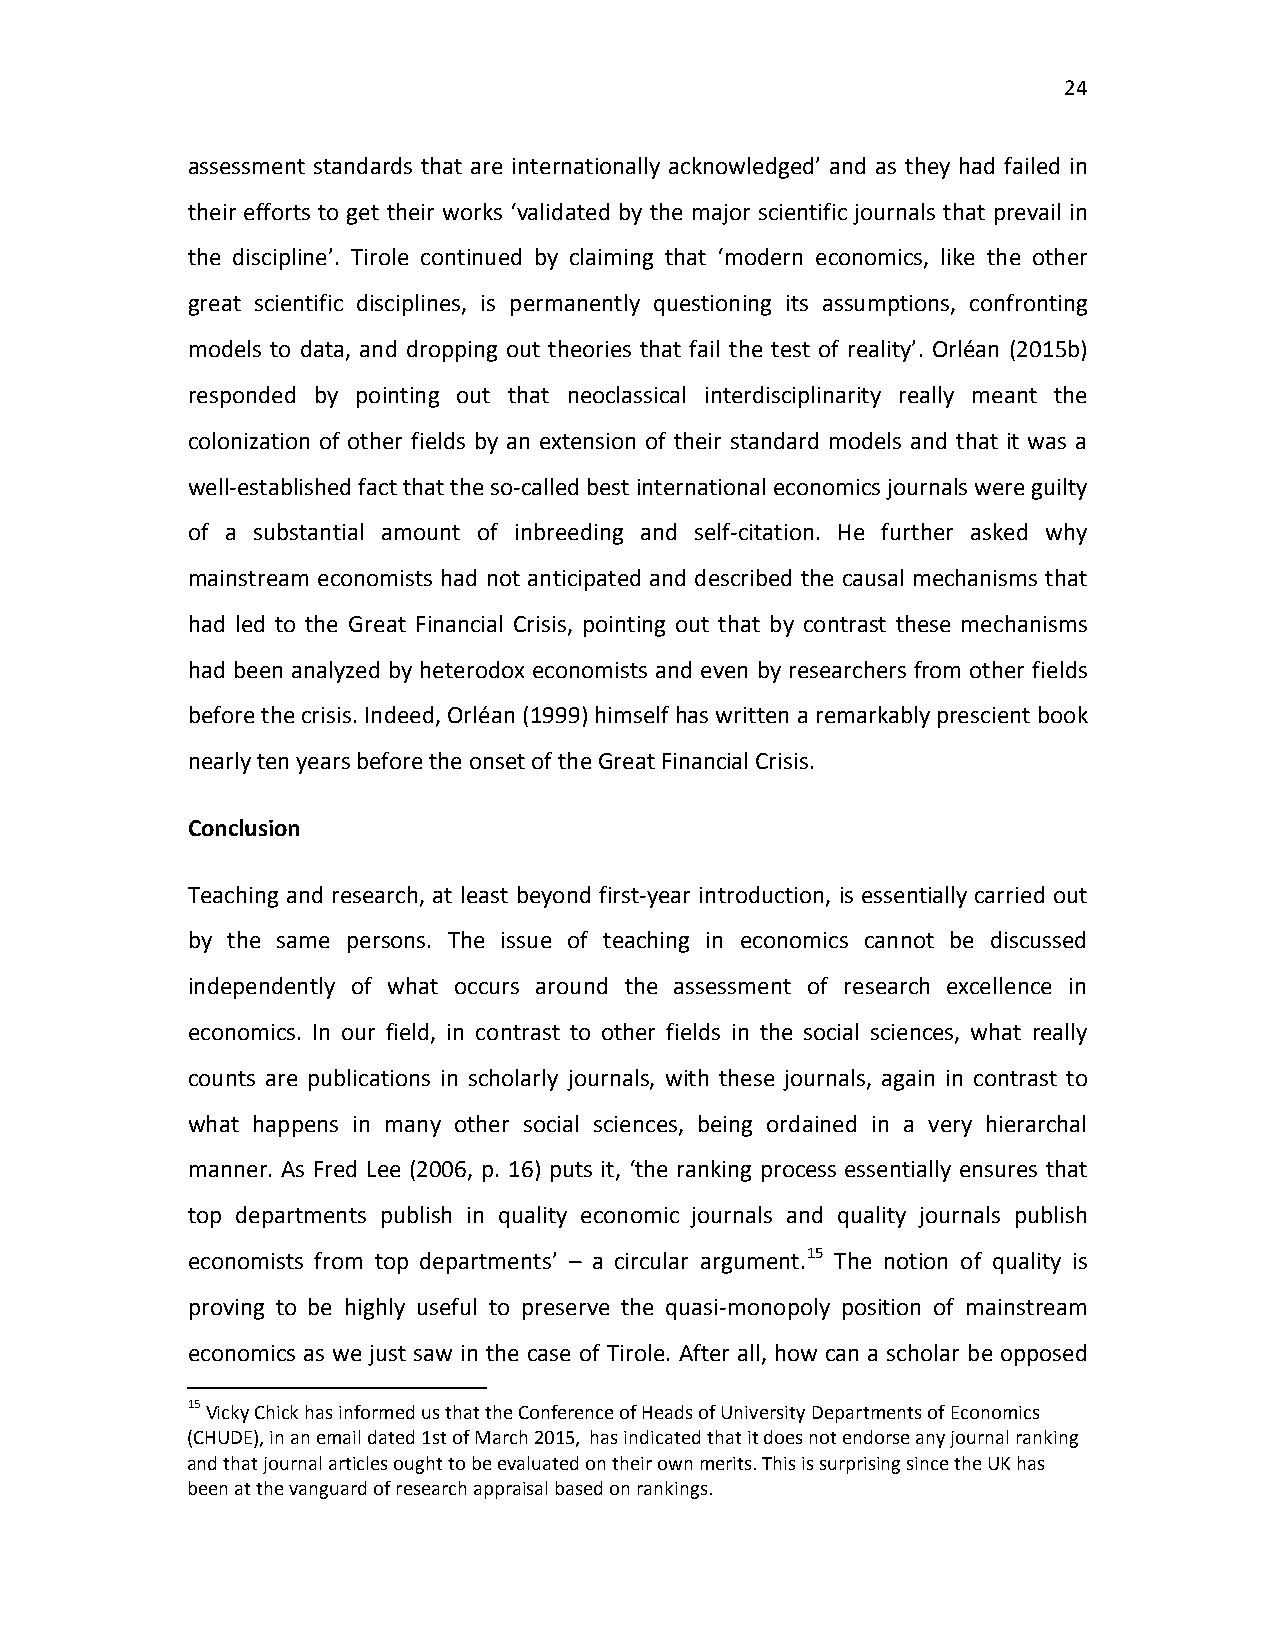
24
 assessment standards that are internationally acknowledged’ and as they had failed in
 their efforts to get their works ‘validated by the major scientific journals that prevail in
 the discipline’. Tirole continued by claiming that ‘modern economics, like the other
 great scientific disciplines, is permanently questioning its assumptions, confronting
 models to data, and dropping out theories that fail the test of reality’. Orléan (2015b)
 responded by pointing out that neoclassical interdisciplinarity really meant the
 colonization of other fields by an extension of their standard models and that it was a
 well-established fact that the so-called best international economics journals were guilty
 of a substantial amount of inbreeding and self-citation. He further asked why
 mainstream economists had not anticipated and described the causal mechanisms that
 had led to the Great Financial Crisis, pointing out that by contrast these mechanisms
 had been analyzed by heterodox economists and even by researchers from other fields
 before the crisis. Indeed, Orléan (1999) himself has written a remarkably prescient book
 nearly ten years before the onset of the Great Financial Crisis.
 Conclusion
 Teaching and research, at least beyond first-year introduction, is essentially carried out
 by the same persons. The issue of teaching in economics cannot be discussed
 independently of what occurs around the assessment of research excellence in
 economics. In our field, in contrast to other fields in the social sciences, what really
 counts are publications in scholarly journals, with these journals, again in contrast to
 what happens in many other social sciences, being ordained in a very hierarchal
 manner. As Fred Lee (2006, p. 16) puts it, ‘the ranking process essentially ensures that
 top departments publish in quality economic journals and quality journals publish
 economists from top departments’ – a circular argument.15 The notion of quality is
 proving to be highly useful to preserve the quasi-monopoly position of mainstream
 economics as we just saw in the case of Tirole. After all, how can a scholar be opposed
 15 Vicky Chick has informed us that the Conference of Heads of University Departments of Economics
 (CHUDE), in an email dated 1st of March 2015, has indicated that it does not endorse any journal ranking
 and that journal articles ought to be evaluated on their own merits. This is surprising since the UK has
 been at the vanguard of research appraisal based on rankings.